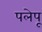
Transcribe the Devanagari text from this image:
पलेपू